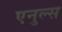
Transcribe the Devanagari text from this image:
एनुल्स